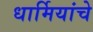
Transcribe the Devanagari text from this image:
धार्मियांचे